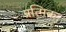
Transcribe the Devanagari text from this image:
प्रत्मिक